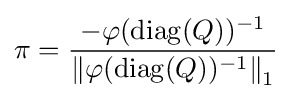
\pi ={-\varphi (\operatorname {diag} (Q))^{-1} \over \left\|\varphi (\operatorname {diag} (Q))^{-1}\right\|_{1}}